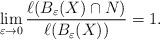
LaTeX: \begin{align*}\lim\limits_{\varepsilon \to 0} \frac{\ell(B_{\varepsilon}(X) \cap N)}{\ell(B_\varepsilon(X))} = 1.\end{align*}